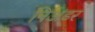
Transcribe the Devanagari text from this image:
निअंडर